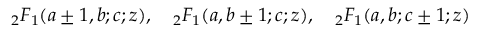
{ } _ { 2 } F _ { 1 } ( a \pm 1 , b ; c ; z ) , \quad { } _ { 2 } F _ { 1 } ( a , b \pm 1 ; c ; z ) , \quad { } _ { 2 } F _ { 1 } ( a , b ; c \pm 1 ; z )